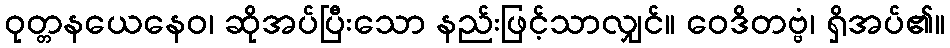
ဝုတ္တနယေနေဝ၊ ဆိုအပ်ပြီးသော နည်းဖြင့်သာလျှင်။ ဝေဒိတဗ္ဗံ၊ ရှိအပ်၏။